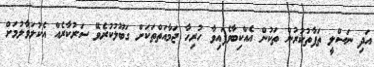
އަދި ނަސްލީ ތަފާތުކުރުން ތަކުން އެއްކިބާވެފައިވާ ހުރިހާ ޖަމާއަތްތަކަށް ގަބޫލުކުރެވޭ ސަރުކާރެއް އެކުލަވާލުމަށް